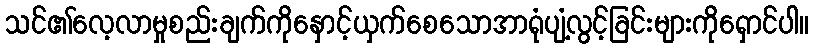
သင်၏လေ့လာမှုစည်းချက်ကိုနှောင့်ယှက်စေသောအာရုံပျံ့လွင့်ခြင်းများကိုရှောင်ပါ။